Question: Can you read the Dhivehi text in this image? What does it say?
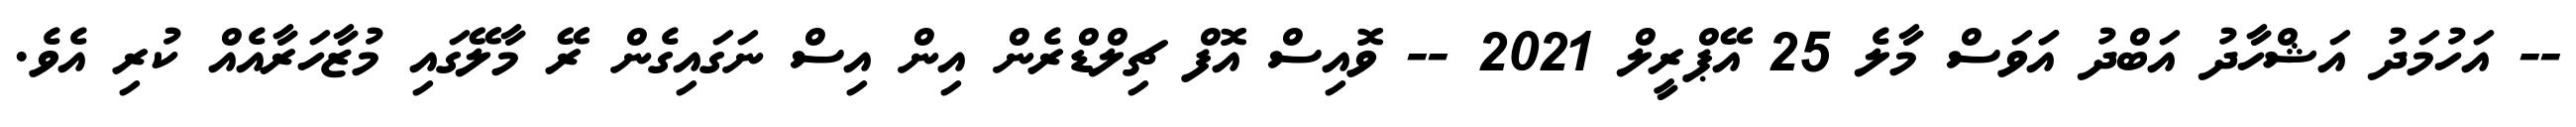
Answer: -- އަހުމަދު އަޝްހާދު އަބްދު އަަވަސް މާލެ 25 އޭޕްރީލް 2021 -- ވޮއިސް އޮފް ޗިލްޑްރެން އިން އިސް ނަގައިގެން ރޭ މާލޭގައި މުޒާހަރާއެއް ކުރި އެވެ.